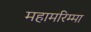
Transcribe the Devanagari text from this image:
महामरिम्मा